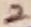
Text: 2